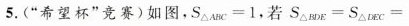
5.("希望杯"竞赛)如图，S\triangle_{ABC}=1,若S\triangle_{BDE}=S\triangle_{DEC}=